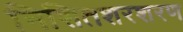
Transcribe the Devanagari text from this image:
निशितशरशरण